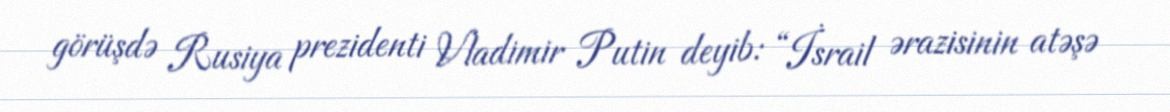
görüşdə Rusiya prezidenti Vladimir Putin deyib: “İsrail ərazisinin atəşə